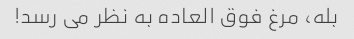
بله، مرغ فوق العاده به نظر می رسد!